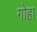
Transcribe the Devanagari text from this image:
गोहा